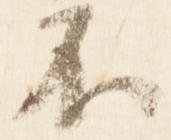
不